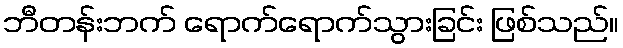
ဘီတန်းဘက် ရောက်ရောက်သွားခြင်း ဖြစ်သည်။